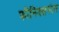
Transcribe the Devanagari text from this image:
फीनिक्सनंतर